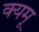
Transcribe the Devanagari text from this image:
क्यमू